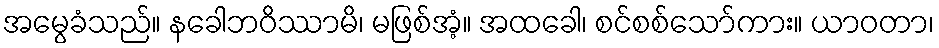
အမွေခံသည်။ နခေါဘဝိဿာမိ၊ မဖြစ်အံ့။ အထခေါ၊ စင်စစ်သော်ကား။ ယာဝတာ၊